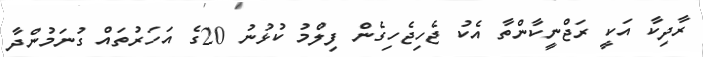
ރާދިކާ އަކީ ރަޖްނީކާންތާ އެކު ޖެހިޖެހިގެން ފިލްމު ކުޅުނު 20ގެ އަހަރުތައް ގުނަމުންދާ